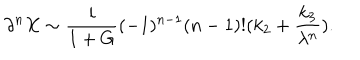
\partial ^ { n } X \sim \frac { i } { 1 + G } ( - 1 ) ^ { n - 1 } ( n - 1 ) ! ( k _ { 2 } + \frac { k _ { 3 } } { \lambda ^ { n } } ) .